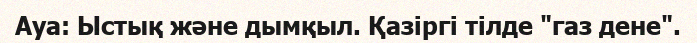
Ауа: Ыстық және дымқыл. Қазіргі тілде "газ дене".